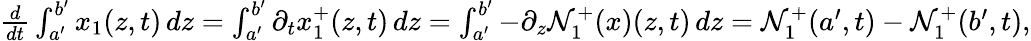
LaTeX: \begin{array}{r}{\frac{d}{dt}\int_{a^{\prime}}^{b^{\prime}}x_{1}(z,t)\, dz=\int_{a^{\prime}}^{b^{\prime}}\partial_{t}x_{1}^{+}(z,t)\, dz=\int_{a^{\prime}}^{b^{\prime}}-\partial_{z}\mathcal{N}_{1}^{+}(x)(z,t)\, dz=\mathcal{N}_{1}^{+}(a^{\prime},t)-\mathcal{N}_{1}^{+}(b^{\prime},t),}\end{array}